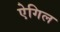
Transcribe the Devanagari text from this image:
ऐगिल